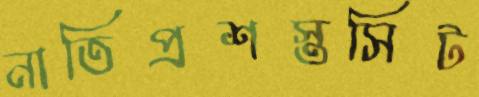
নাতিপ্রশস্তসিট